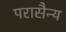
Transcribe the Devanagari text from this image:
परासैन्य